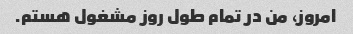
امروز، من در تمام طول روز مشغول هستم.